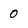
Character: 0